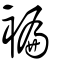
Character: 褊